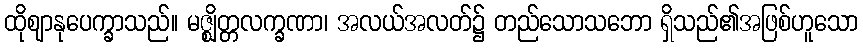
ထိုဈာနုပေက္ခာသည်။ မဇ္ဈိတ္တလက္ခဏာ၊ အလယ်အလတ်၌ တည်သောသဘော ရှိသည်၏အဖြစ်ဟူသော